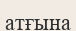
атғына